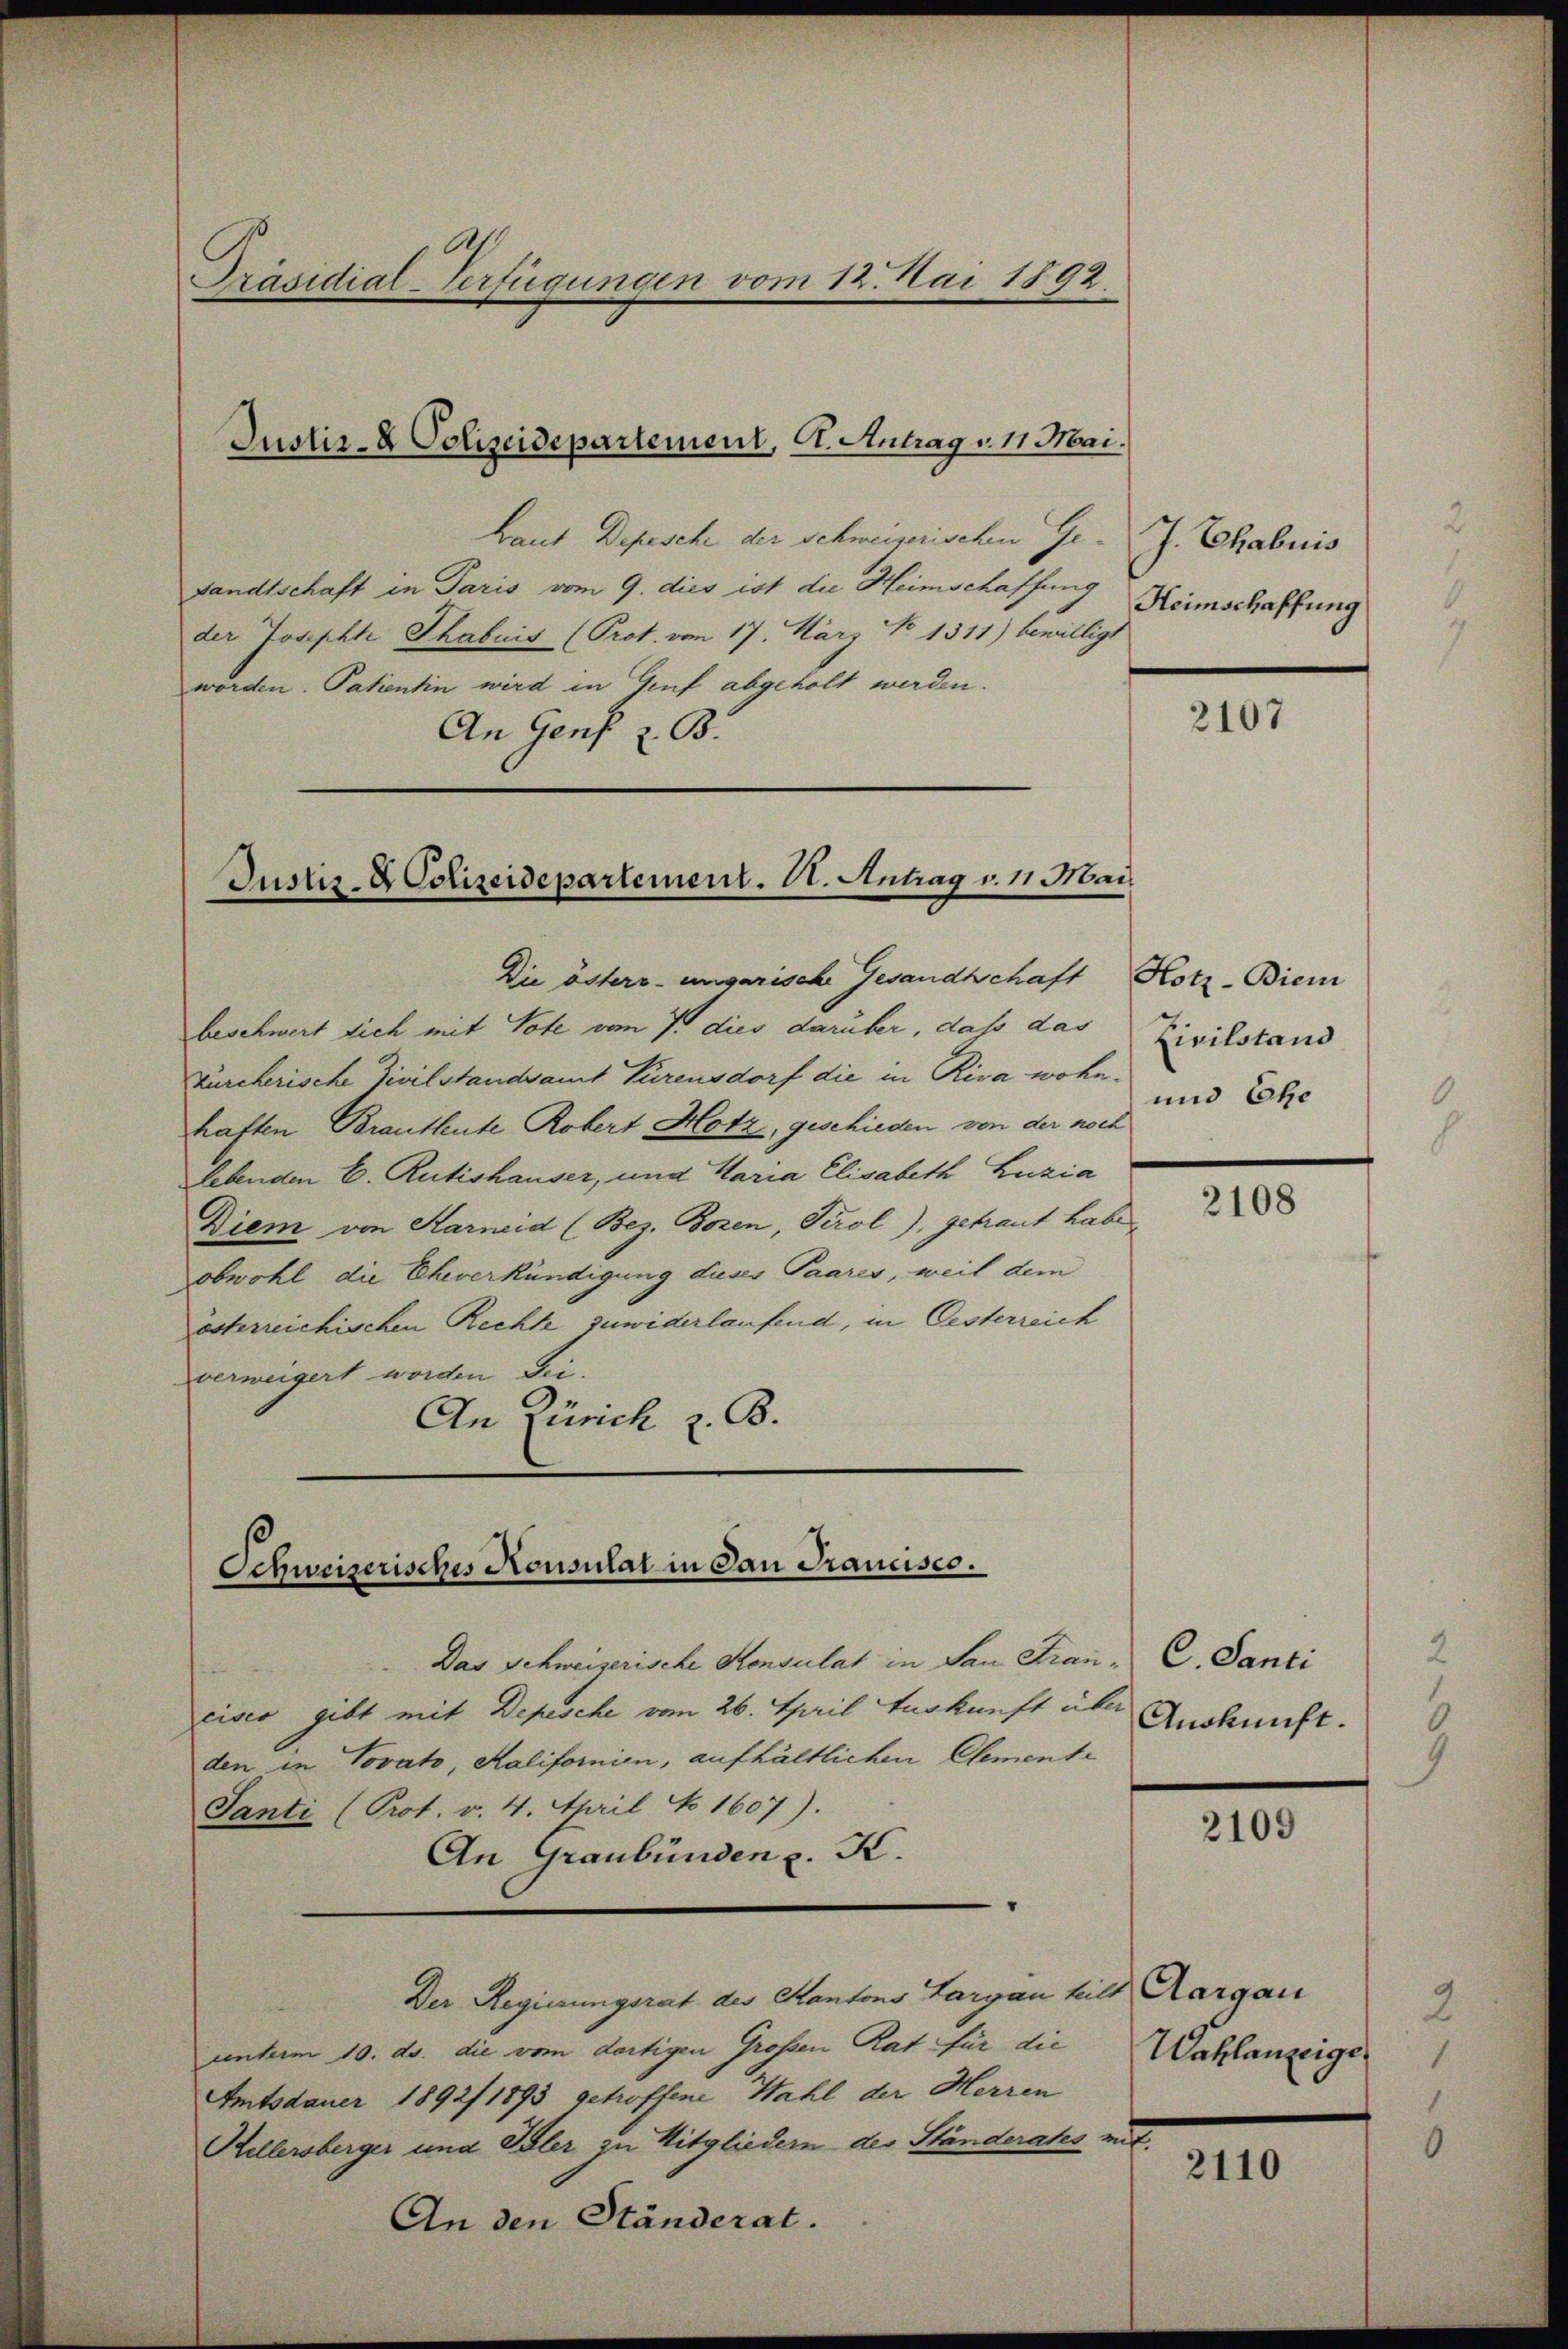
Präsidial-Verfügungen vom 12. Mai 1892.

Laut Depesche der Schweizerischen Ge- J. Chabuis
sandtschaft in Paris vom 9. dies ist die Heimschaffung
der Josephte Thabuis (Prot. von 17. März No 1311) bewilligt
worden. Patientin wird in Genf abgeholt werden.
An Genf z. B.

Justiz- & Polizeidepartement, St. Antrag v. 11. Mai.

Justiz- & Polizeidepartement. V. Antrag v. 11 Mai.

Die österr-ungarische Gesandtschaft
beschwert sich mit Tote vom 7. dies darüber, daß das
Bürcherische Zivilstandsamt Bürensdorf die in Riva wohnhaften Brautleute Robert Hotz, geschieden von der noch
Lebenden C. Rütishauser, und Maria Elisabeth Luzia
Diem von Karneid (Bez. Bozen, Tirol), getraut habe
obwohl die Eheverkündigung dieses Paares, weil dem
österreichischen Rechte zuwiderlaufend, in Oesterreich
verweigert worden sei.
An Zürich z. B.

Schweizerisches Konsulat in dan Francisco.

Das Schweizerische Konsulat in San Frau, C. Santi
cises gibt mit Depesche vom 26. April Auskunft über Auskunft.
den in Jovato, Kalifornien, aufhältlichen Clemente
Tanti (Prot. v. 4. April No 1607).
An Graubünden z. K.
Der Regierungsrat des Kantons Sargau heilt Aargau
unterm 10. ds. die vom dortigen Großen Rat für die
Amtsdauer 1892/ 1893 getroffene Wahl der Herren
Kellersberger und Isler zu Mitgliedern des Ständerats mit
An den Ständerat.

Heimschaffung

2107

Hotz-Biem
Zivilstand
und Ehe

2108

2109

Wahlanzeiger

2110